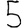
Digit: 5